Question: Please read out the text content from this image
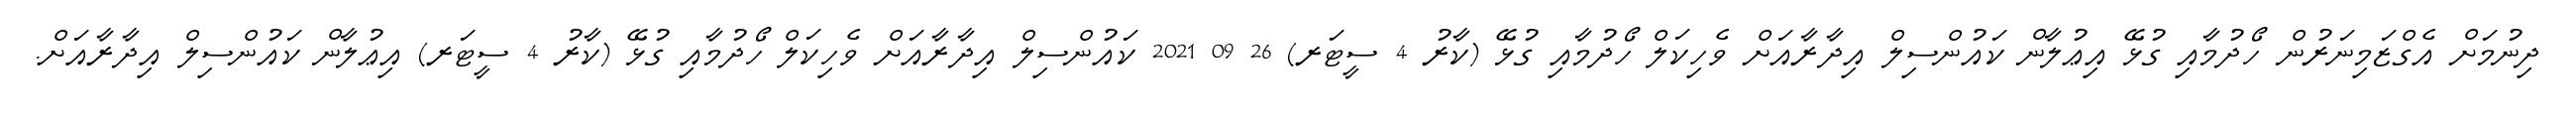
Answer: ދިނުމަށް އެގްޒަމިނަރުން ހޯދުމާއި ގުޅޭ އިޢުލާން ކައުންސިލް އިދާރާއަށް ވެހިކަލް ހޯދުމާއި ގުޅޭ (ކާރު 4 ސީޓަރ) 26 09 2021 ކައުންސިލް އިދާރާއަށް ވެހިކަލް ހޯދުމާއި ގުޅޭ (ކާރު 4 ސީޓަރ) އިޢުލާން ކައުންސިލް އިދާރާއަށް.